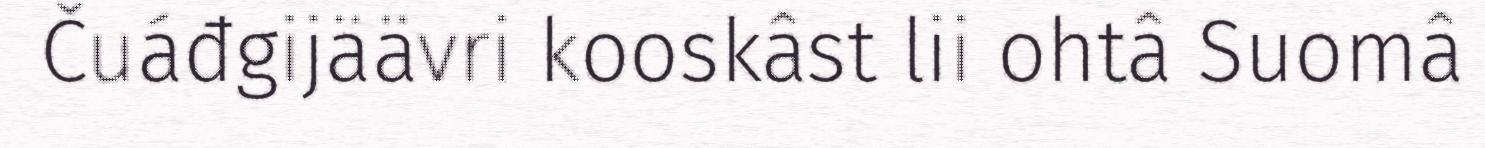
Čuáđgijäävri kooskâst lii ohtâ Suomâ